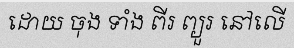
ដោយ ចុង ទាំង ពីរ ព្យួរ នៅលើ